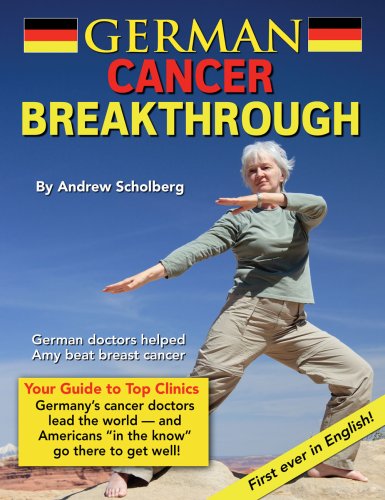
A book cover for German Cancer Breakthrough; Andrew Scholberg; Health, Fitness & Dieting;